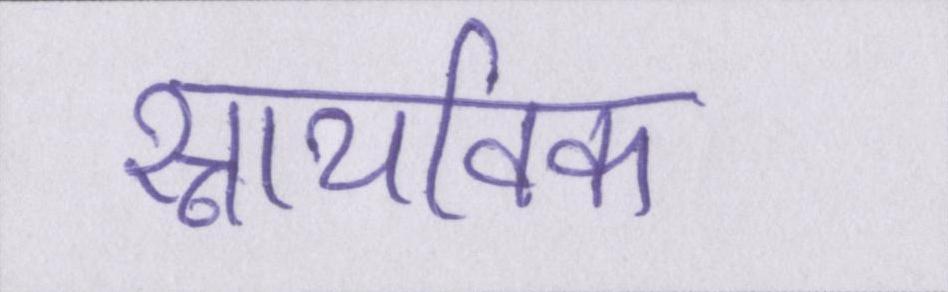
स्नायविक